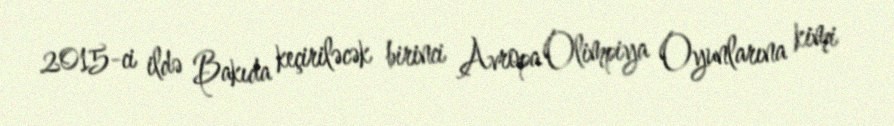
2015-ci ildə Bakıda keçiriləcək birinci Avropa Olimpiya Oyunlarına kimi